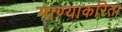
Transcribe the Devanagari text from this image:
गाण्याकरिता